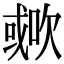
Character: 𣤐